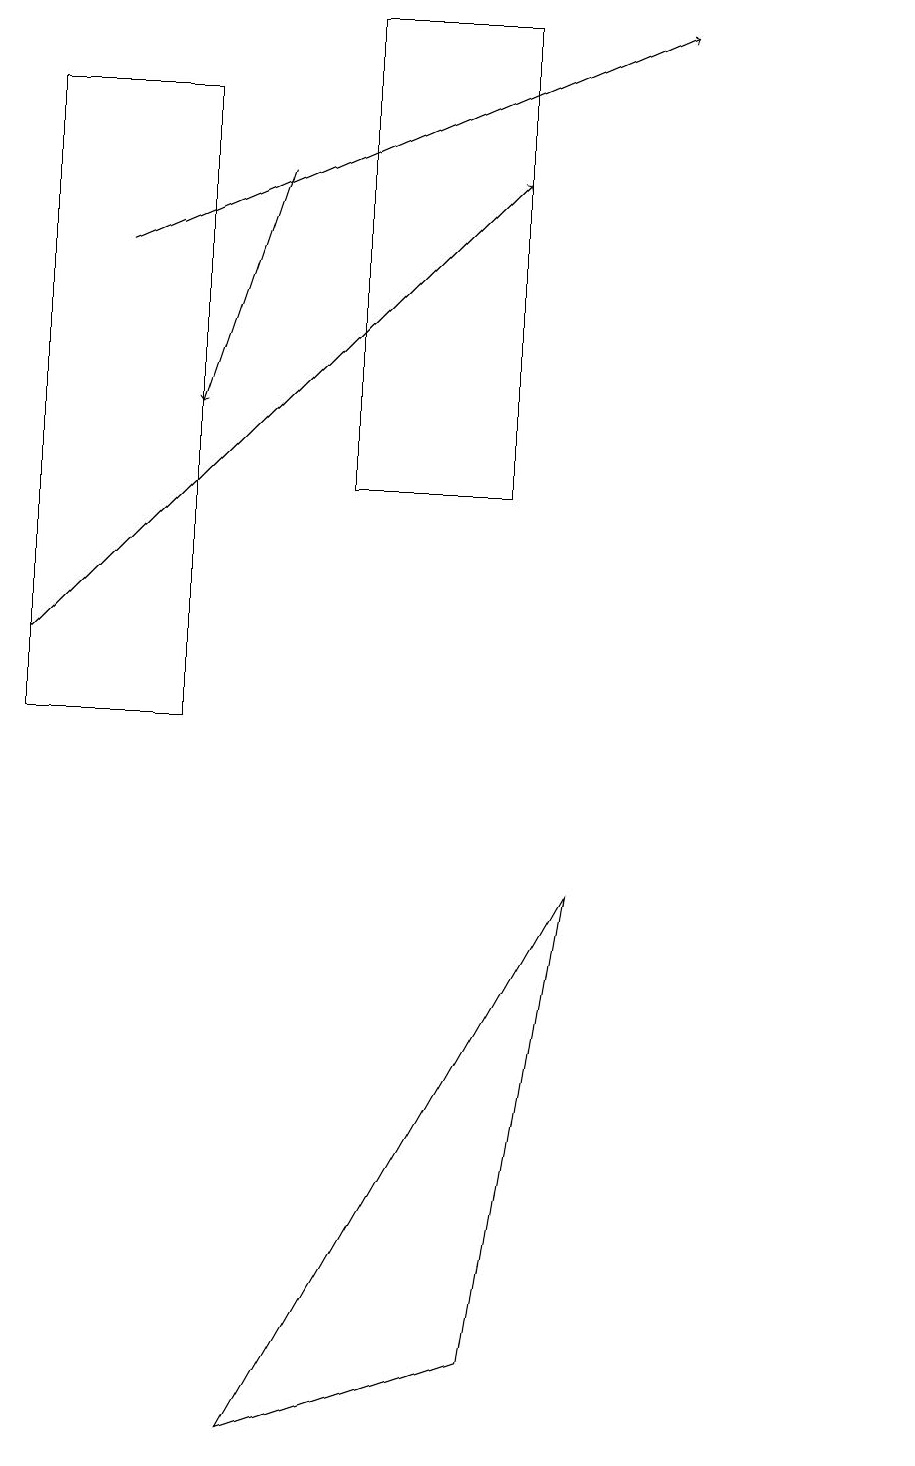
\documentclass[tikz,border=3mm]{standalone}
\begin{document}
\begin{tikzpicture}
\draw[->] (3,17) -- (2,14);
\draw (6,19) rectangle (4,13);
\draw[->] (1,16) -- (8,19);
\draw (11,11) circle (0);
\draw (10,11) circle (0);
\draw (0,10) rectangle (2,18);
\draw (6,2) -- (3,1) -- (7,8) -- cycle;
\draw[->] (0,11) -- (6,17);
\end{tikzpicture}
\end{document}